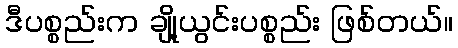
ဒီပစ္စည်းက ချို့ယွင်းပစ္စည်း ဖြစ်တယ်။